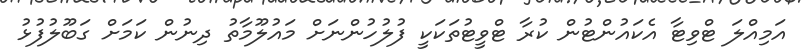
އަމިއްލަ ޓްވިޓާ އެކައުންޓުން ކުރާ ޓްވީޓުތަކަކީ ފުލުހުންނަށް މައުލޫމާތު ދިނުން ކަމަށް ގަބޫލުފުޅު